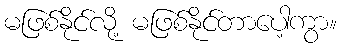
မဖြစ်နိုင်လို့ မဖြစ်နိုင်တာပေါ့ကွာ။